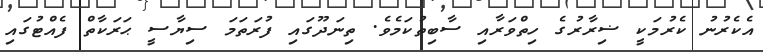
އެކެރުނު ކެރުމަކީ ޟިރާރުގެ ހިތްވަރާއި ސާބިތުކަމެވެ. ތިނަދޫގައި ފުރަތަމަ ސިޔާސީ ޙަރަކާތް ފެއްޓުގައި